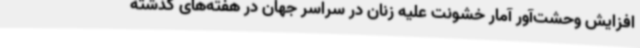
افزایش وحشت‌آور آمار خشونت علیه زنان در سراسر جهان در هفته‌های گذشته